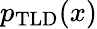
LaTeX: p_{\mathrm{TLD}}(x)